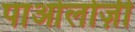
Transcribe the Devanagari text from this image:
पाओलोज़ी